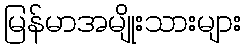
မြန်မာအမျိုးသားများ